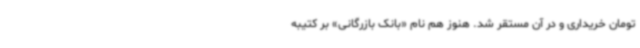
تومان خریداری و در آن مستقر شد. هنوز هم نام «بانک بازرگانی» بر کتیبه